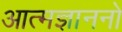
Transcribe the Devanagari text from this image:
आत्मज्ञाननो